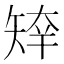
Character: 𥏣